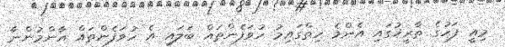
މިއީ ފަހުގެ ތާރީޚުގައި އެންމެ ހިތްގައިމު ހުވަފެންތައް ބަލައި އެ ހުވަފެންތައް އާންމުންނާ